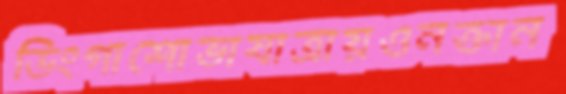
ডিংগাশোভাযাত্রায়ওনক্তান